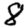
Digit: 8